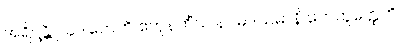
အရိဋ္ဌန္တိ ဩဒါတေဟိ ဧကူနတိံသ နဝမဒသမာနိ ဟေတွတ္ထေတိ